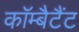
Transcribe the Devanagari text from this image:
कॉम्बैटैंट